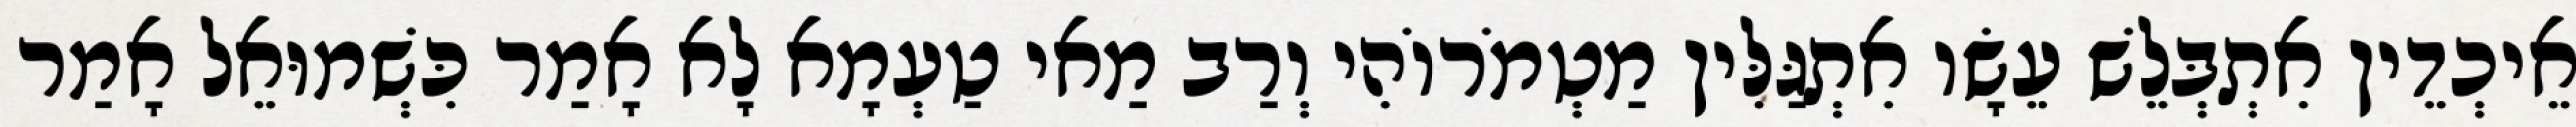
אֵיכְדֵין אִתְבְּלֵשׁ עֵשָׂו אִתְגַּלִּין מַטְמֹרוֹהִי וְרַב מַאי טַעְמָא לָא אָמַר כִּשְׁמוּאֵל אָמַר